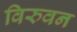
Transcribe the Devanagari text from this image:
विरुवन